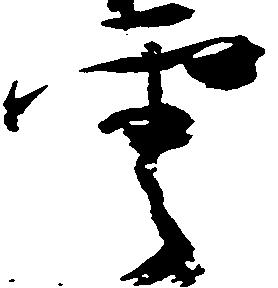
雲